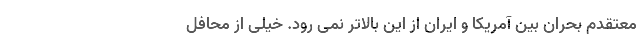
معتقدم بحران بین آمریکا و ایران از این بالاتر نمی رود. خیلی از محافل